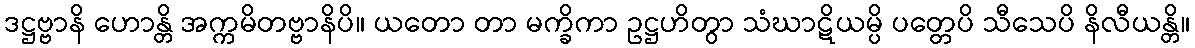
ဒဋ္ဌဗ္ဗာနိ ဟောန္တိ အက္ကမိတဗ္ဗာနိပိ။ ယတော တာ မက္ခိကာ ဥဋ္ဌဟိတွာ သံဃာဋိယမ္ပိ ပတ္တေပိ သီသေပိ နိလီယန္တိ။